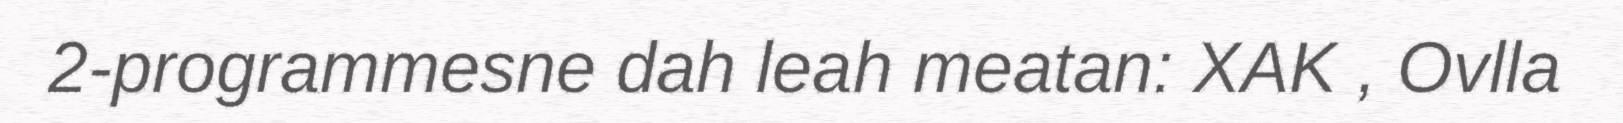
2-programmesne dah leah meatan: XAK , Ovlla